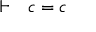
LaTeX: \vdash \ \ c = c